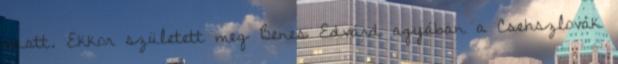
miatt. Ekkor született meg Benes Edvárd agyában a Csehszlovák